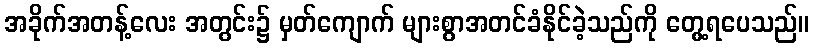
အခိုက်အတန့်လေး အတွင်း၌ မှတ်ကျောက် များစွာအတင်ခံနိုင်ခဲ့သည်ကို တွေ့ရပေသည်။